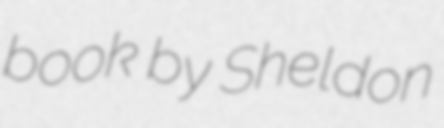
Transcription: book by Sheldon